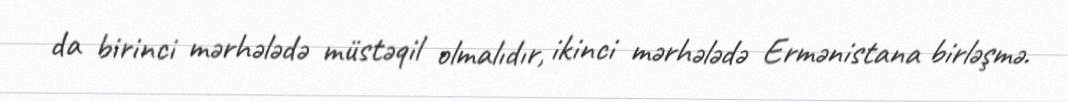
da birinci mərhələdə müstəqil olmalıdır, ikinci mərhələdə Ermənistana birləşmə.